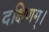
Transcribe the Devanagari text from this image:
दक्षिणम्।